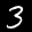
Label: 3